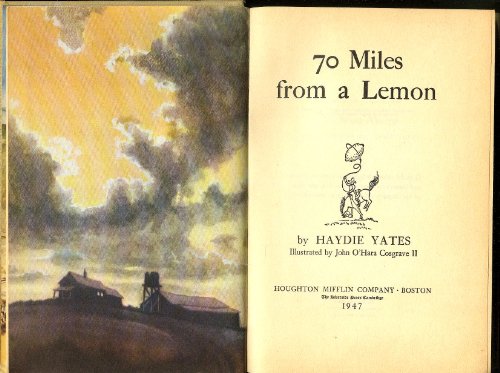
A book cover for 70 miles from a lemon; Haydie Yates; Travel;